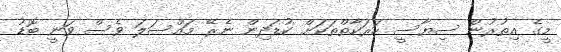
މީގެ އިތުރުން ސިޔާސީ ހަރަކާތްތަކަށް ކުޑަދިން ނެރޭ މައްސަލަ ވެސް ވަނީ ބޮޑު